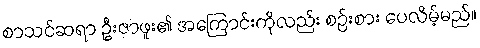
စာသင်ဆရာ ဦးဇာဖူး၏ အကြောင်းကိုလည်း စဉ်းစား ပေလိမ့်မည်။